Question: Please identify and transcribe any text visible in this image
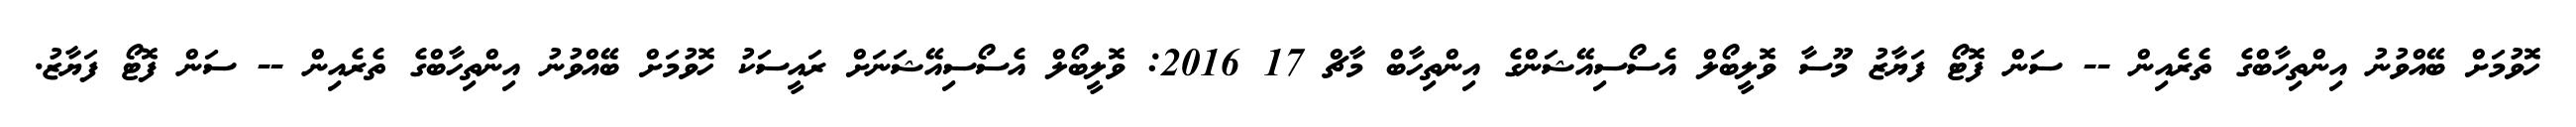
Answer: ހޮވުމަށް ބޭއްވުނު އިންތިހާބްގެ ތެރެއިން -- ސަން ފޮޓޯ ފަޔާޒު މޫސާ ވޮލީބޯލް އެސޯސިއޭޝަންގެ އިންތިހާބް މާޗް 17 2016: ވޮލީބޯލް އެސޯސިއޭޝަނަށް ރައީސަކު ހޮވުމަށް ބޭއްވުނު އިންތިހާބްގެ ތެރެއިން -- ސަން ފޮޓޯ ފަޔާޒު.